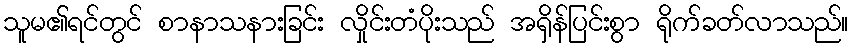
သူမ၏ရင်တွင် စာနာသနားခြင်း လှိုင်းတံပိုးသည် အရှိန်ပြင်းစွာ ရိုက်ခတ်လာသည်။